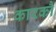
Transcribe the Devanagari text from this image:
कारकौ